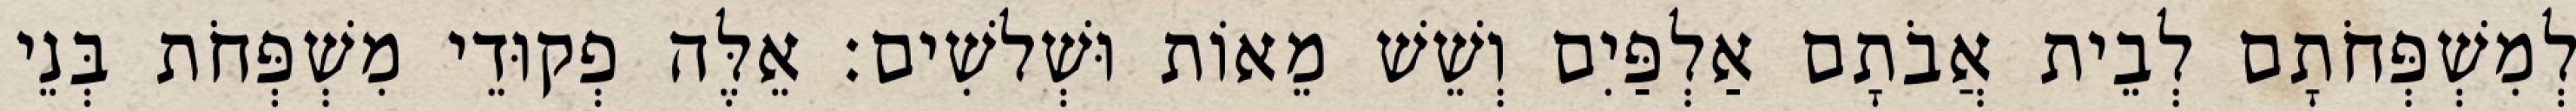
לְמִשְׁפְּחֹתָם לְבֵית אֲבֹתָם אַלְפַּיִם וְשֵׁשׁ מֵאוֹת וּשְׁלשִׁים׃ אֵלֶּה פְקוּדֵי מִשְׁפְּחֹת בְּנֵי